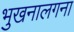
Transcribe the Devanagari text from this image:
भुखनालगना